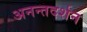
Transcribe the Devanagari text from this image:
अनन्तदर्शन